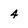
Character: 4